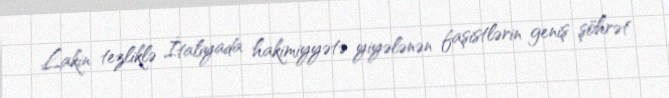
Lakin tezliklə İtaliyada hakimiyyətə yiyələnən faşistlərin geniş şöhrət